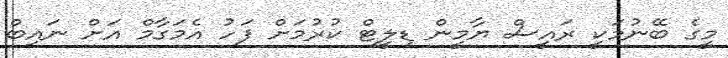
މީގެ ބޭނުމަކީ ރައީސް ޔާމީން ޑިލީޓް ކުރުމަށް ފަހު އެމަގާމް އަށް ނައިބް